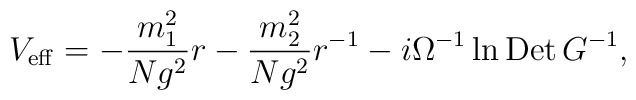
V_{\rm eff}=-\frac{m^2_1}{Ng^2}r -\frac{m^2_2}{Ng^2}r^{-1}-i\Omega^{-1}\ln{\rm Det}\,G^{-1},